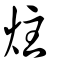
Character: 炷